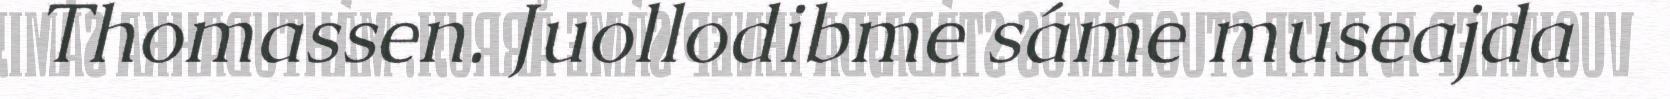
Thomassen. Juollodibme sáme museajda